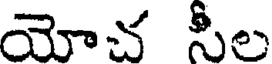
యోచ సీల